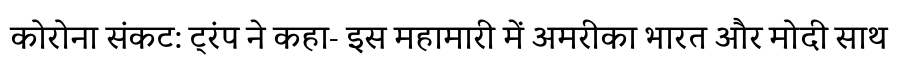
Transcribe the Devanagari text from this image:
कोरोना संकट: ट्रंप ने कहा- इस महामारी में अमरीका भारत और मोदी साथ